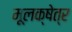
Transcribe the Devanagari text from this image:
मूलक्षेत्र